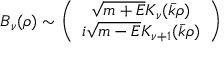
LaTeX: B _ { \nu } ( \rho ) \sim \left( \begin{array} { c } { { \sqrt { m + E } K _ { \nu } ( \bar { k } \rho ) } } \\ { { i \sqrt { m - E } K _ { \nu + 1 } ( \bar { k } \rho ) } } \end{array} \right)